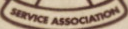
SERVICE ASSOCIATION